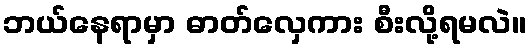
ဘယ်နေရာမှာ ဓာတ်လှေကား စီးလို့ရမလဲ။